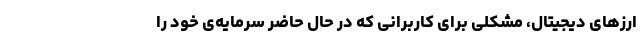
ارزهای دیجیتال، مشکلی برای کاربرانی که در حال حاضر سرمایه‌ی خود را